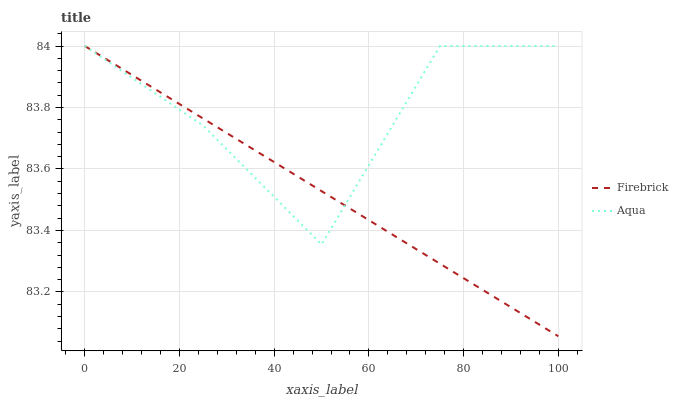
| xaxis_label | Firebrick | Aqua |
 | --- | --- | --- |
 | 0 | 84 | 84 |
 | 25 | 83.8 | 83.7 |
 | 50 | 83.5 | 83.4 |
 | 75 | 83.3 | 84 |
 | 100 | 83.1 | 84 |